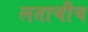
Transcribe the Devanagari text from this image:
लताचीच